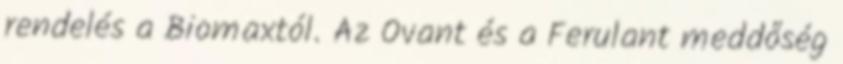
rendelés a Biomaxtól. Az Ovant és a Ferulant meddőség